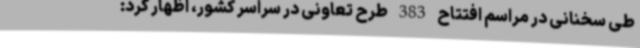
طی سخنانی در مراسم افتتاح 383 طرح تعاونی در سراسر کشور، اظهار کرد: